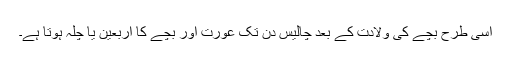
اسی طرح بچے کی ولادت کے بعد چالیس دن تک عورت اور بچے کا اربعین یا چلہ ہوتا ہے۔